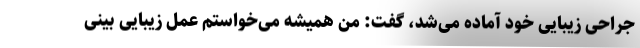
جراحی زیبایی خود آماده می‌شد، گفت: من همیشه می‌خواستم عمل زیبایی بینی